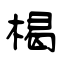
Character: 楬